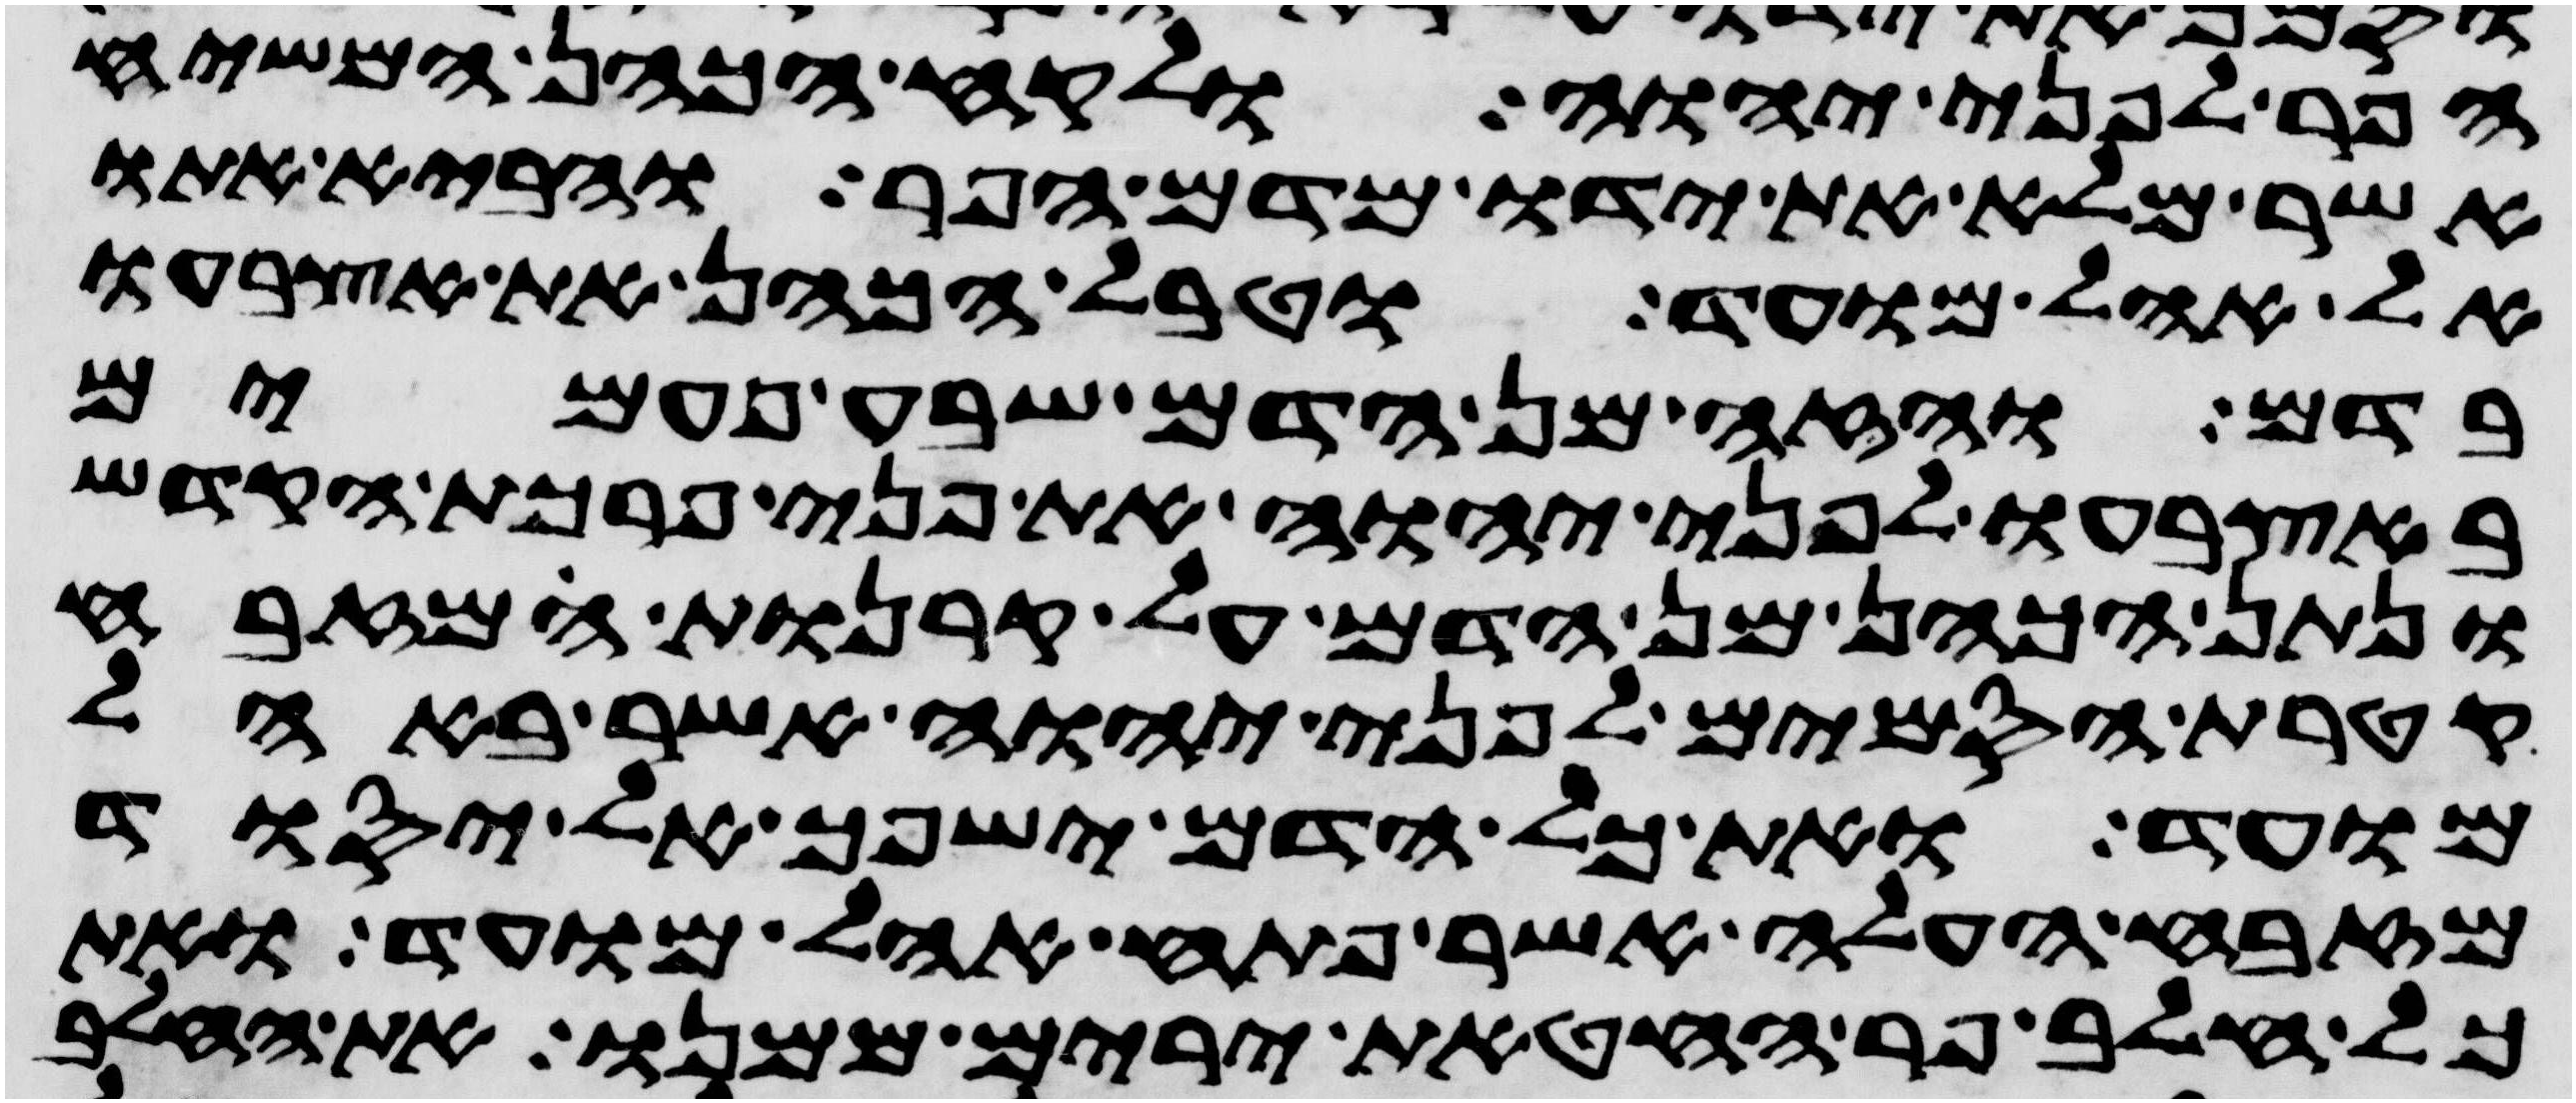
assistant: הפר לפני יהוה ולקח הכהן המשיח
אשר מלא את ידו מדם הפר והביא אתו
אל אהל מועד וטבל הכהן את אצבעו
בדם והזה מן הדם שבע פעמים
באצבעו לפני יהוה את פני פרכת הקדש
ונתן הכהן מן הדם על קרנות המזבח
קטרת הסמים לפני יהוה אשר באהל
מועד ואת כל הדם ישפך אל יסוד
מזבח העלה אשר פתח אהל מועד ואת
כל חלב פר החטאת ירים ממנו את החלב